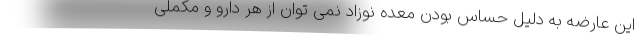
این عارضه به دلیل حساس بودن معده نوزاد نمی توان از هر دارو و مکملی